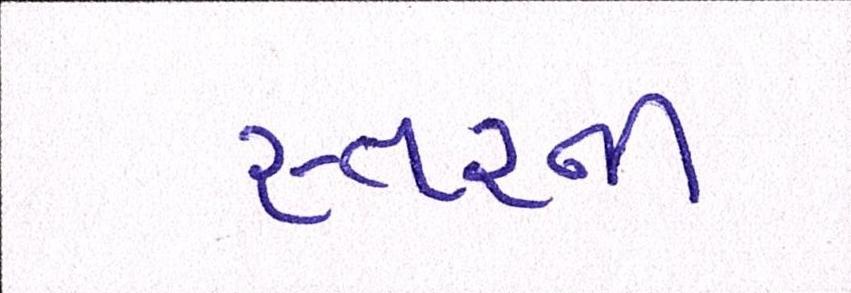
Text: સ્તરની